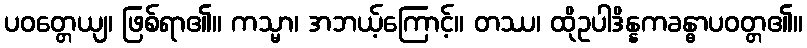
ပဝတ္တေယျ၊ ဖြစ်ရာ၏။ ကသ္မာ၊ အဘယ့်ကြောင့်။ တဿ၊ ထိုဥပါဒိန္နကခန္ဓာပဝတ္တ၏။